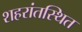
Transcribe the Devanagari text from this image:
शहरांतस्थित